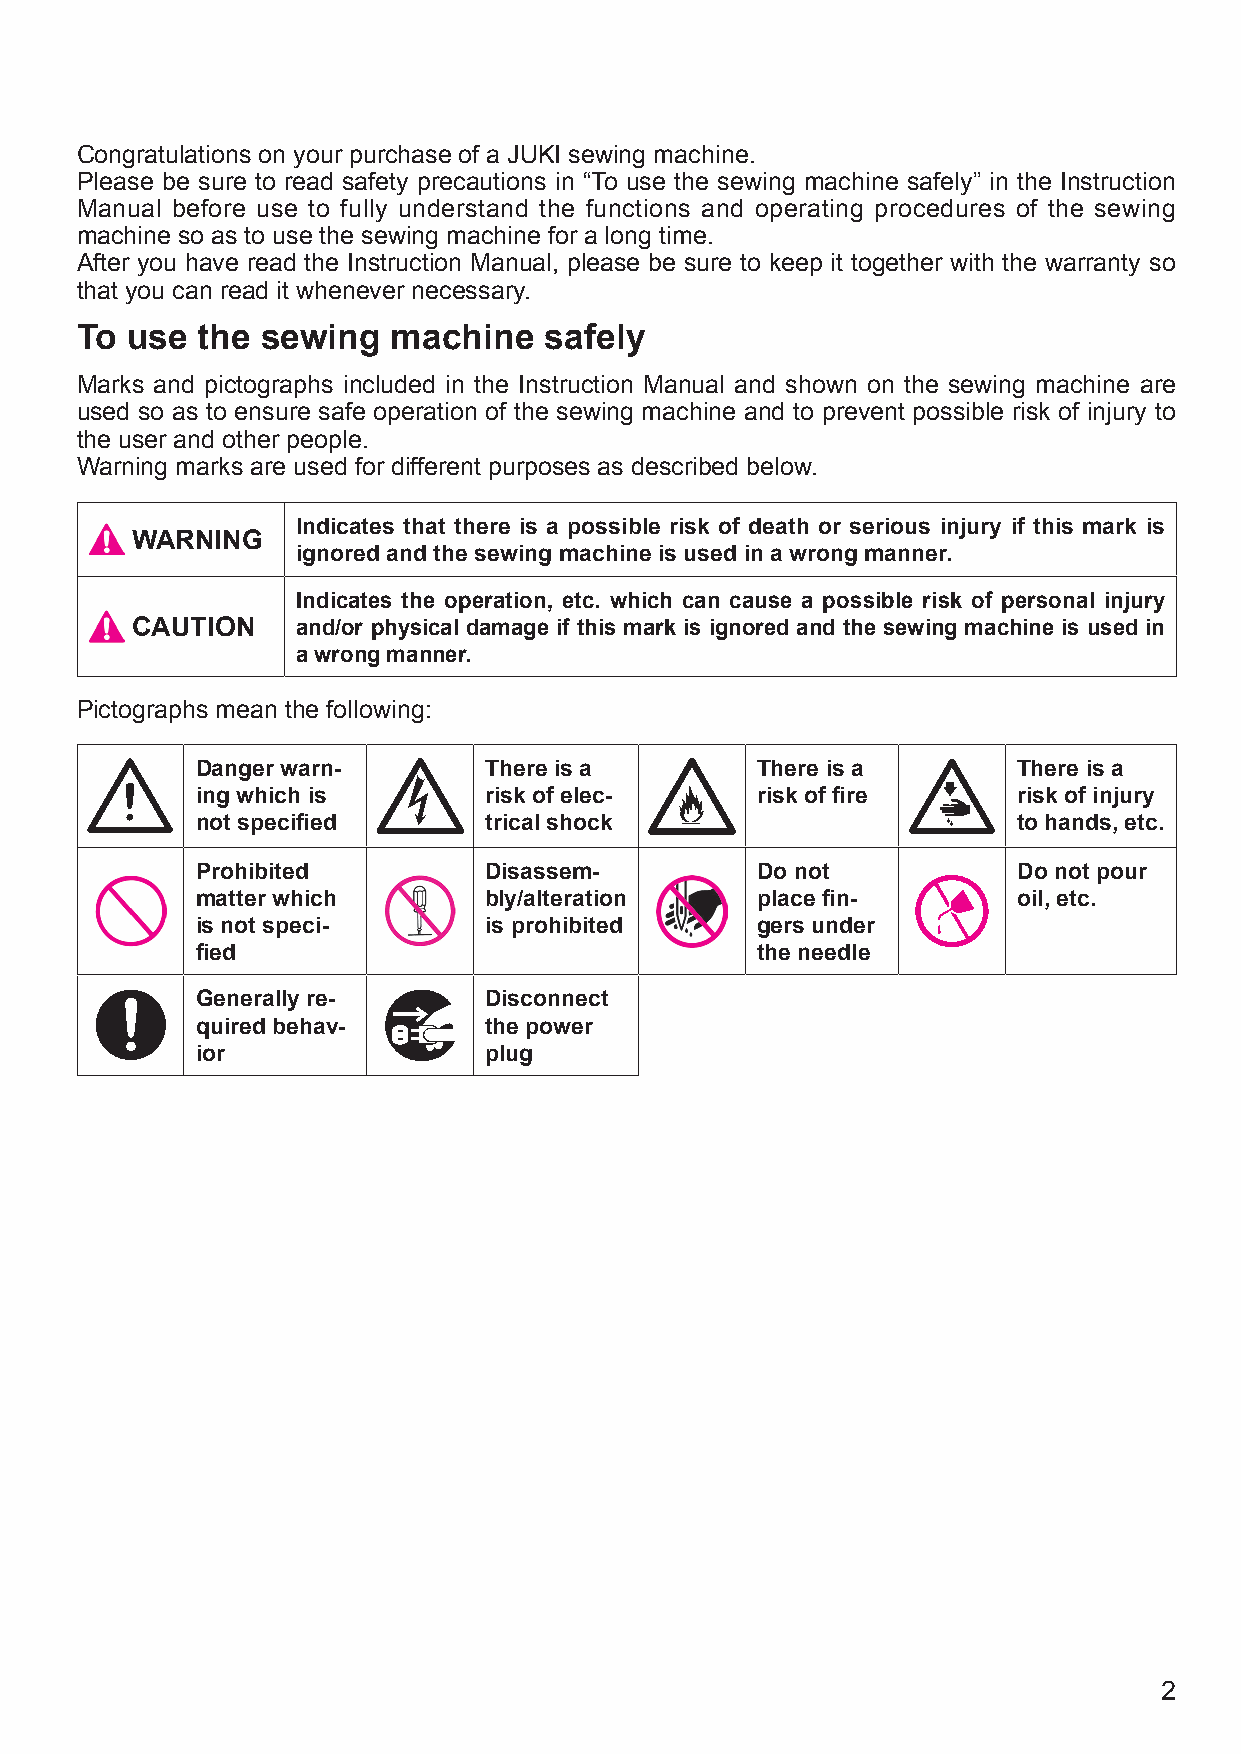
Congratulations on your purchase of a JUKI sewing machine.
 Please be sure to read safety precautions in “To use the sewing machine safely” in the Instruction
 Manual before use to fully understand the functions and operating procedures of the sewing
 machine so as to use the sewing machine for a long time.
 After you have read the Instruction Manual, please be sure to keep it together with the warranty so
 that you can read it whenever necessary.
 To use  the sewing   machine   safely
 Marks and pictographs included in the Instruction Manual and shown on the sewing machine are
 used so as to ensure safe operation of the sewing machine and to prevent possible risk of injury to
 the user and other people.
 Warning marks are used for different purposes as described below.
 Indicates that there is a possible risk of death or serious injury if this mark is
 WARNING
 ignored and the sewing machine is used in a wrong manner.
 Indicates the operation, etc. which can cause a possible risk of personal injury
 CAUTION    and/or physical damage if this mark is ignored and the sewing machine is used in
 a wrong manner.
 Pictographs mean the following:
 Danger warn-       There is a        There is a       There is a
 ing which is       risk of elec-     risk of fire     risk of injury
 not specified      trical shock                       to hands, etc.
 Prohibited         Disassem-         Do not           Do not pour
 matter which       bly/alteration    place fin-       oil, etc.
 is not speci-      is prohibited     gers under
 fied                                 the needle
 Generally re-      Disconnect
 quired behav-      the power
 ior                plug
 2